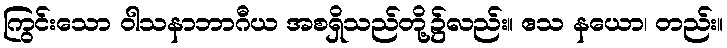
ကြွင်းသော ဝါသနာဘာဂီယ အစရှိသည်တို့၌လည်း။ ဧသ နယော၊ တည်း။